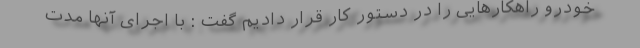
خودرو راهکارهایی را در دستور کار قرار دادیم گفت : با اجرای آنها مدت